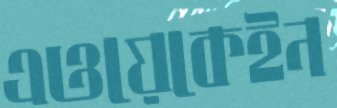
এওয়েকেইন